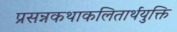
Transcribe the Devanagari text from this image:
प्रसन्नकथाकलितार्थयुक्ति